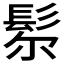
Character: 𩬘